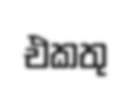
එකතු